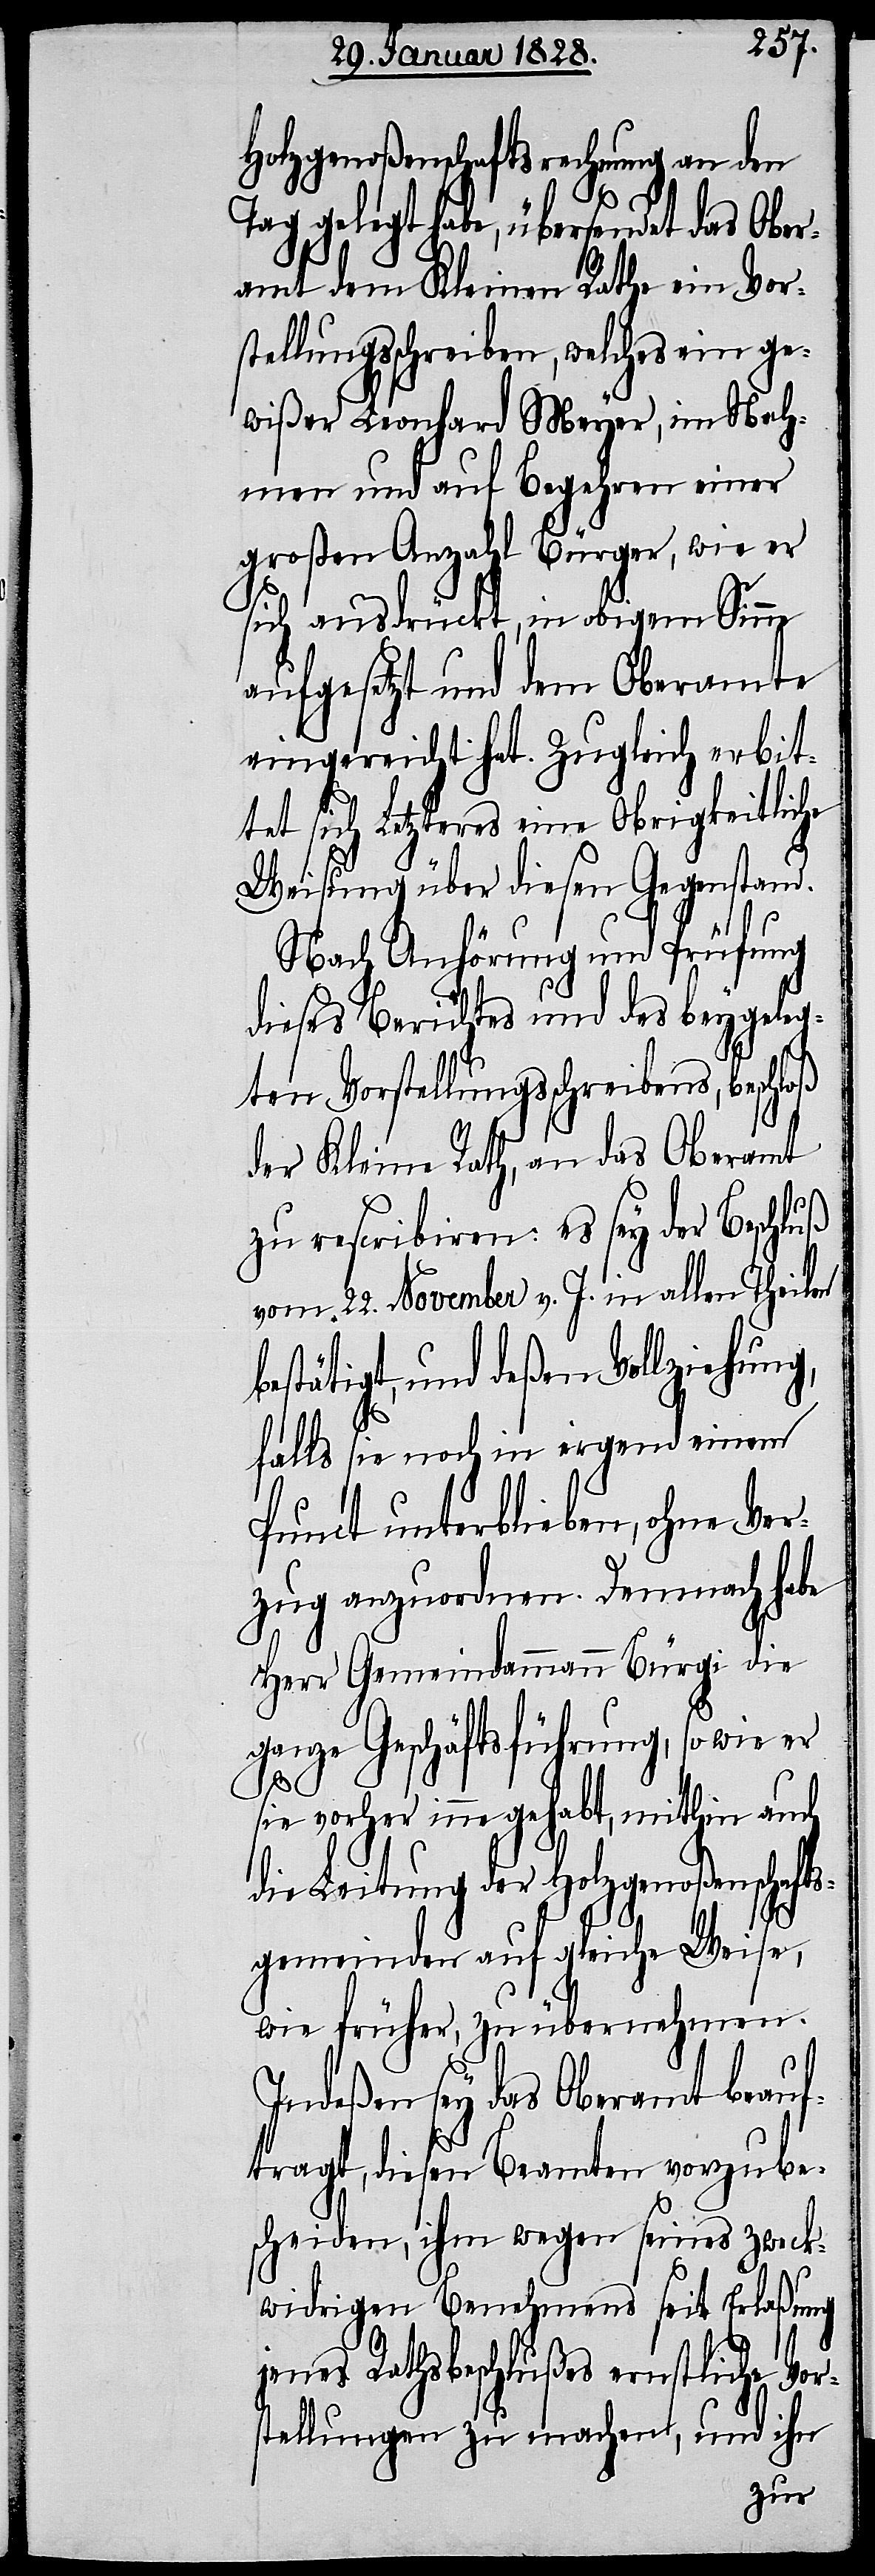
Holzgenoßenschaftsrechnung an den
Tag gelegt habe, übersendet das Ober¬
amt dem Kleinen Rathe ein Vors¬
tellungsschreiben, welches ein ge¬
wißer Leonhard Meyer, im Nah¬
men und auf Begehren einer
Großen Anzahl Bürger, wie er
sich ausdrückt, in obigem Sinne
aufgesetzt und dem Oberamte
eingereicht hat. Zugleich erbit¬
tet sich Letzteres eine Obrigkeitliche
Weisung über diesen Gegenstand.
Nach Anhörung und Prüfung
dieses Berichtes und des beygeleg¬
ten Vorstellungsschreibens, besch¬
der Kleine Rath, an das Oberamt
zu rescribiren: es sey der Beschluß
vom 22. November v. J. in allen Theilen
estätigt, und deßen Vollziehung,
falls sie noch in irgend einem
Punct unterblieben, ohne Ver¬
zug anzuordnen. Demnach habe
Herr Gemeindammann Bürgi die
ganze Geschäftsführung, so wie er
s¬
sie vorher inne gehabt, mithin auch
die Leitung der Holzgenoßenschaft¬
sgemeinden auf gleiche Weise,
wie früher, zu übernehmen.
Indeßen sey das Oberamt beauf¬
tragt, diesen Beamten vorzube¬
scheiden, ihm wegen seines zweck¬
widrigen Benehmens seit Erlaßung
jenes Rathsbeschlußes ernstliche Vor¬
tellungen zu machen, und ihn